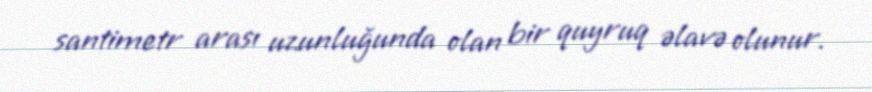
santimetr arası uzunluğunda olan bir quyruq əlavə olunur.